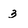
Character: 3